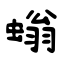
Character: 螉